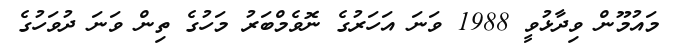
މައުމޫން ވިދާޅުވީ 1988 ވަނަ އަހަރުގެ ނޮވެމްބަރު މަހުގެ ތިން ވަނަ ދުވަހުގެ